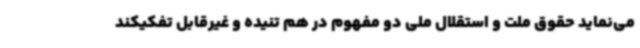
می‌نماید حقوق ملت و استقلال ملی دو مفهوم در هم تنیده و غیرقابل تفکیکند